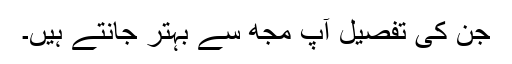
جن کی تفصیل آپ مجھ سے بہتر جانتے ہیں۔